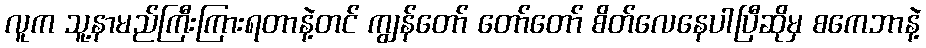
လူက သူ့နာမည်ကြီးကြားရတာနဲ့တင် ကျွန်တော် တော်တော် စိတ်လေနေပါပြီဆိုမှ စကေဘာနဲ့